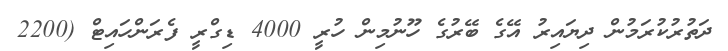
ދަތުރުކުރަމުން ދިޔައިރު އޭގެ ބޭރުގެ ހޫނުމިން ހުރީ 4000 ޑިގްރީ ފެރަންހައިޓް (2200